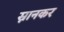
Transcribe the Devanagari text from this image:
स्नानकर